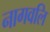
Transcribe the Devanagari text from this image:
नागवलि